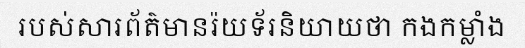
របស់សារព័ត៌មានរ៉យទ័រនិយាយថា កងកម្លាំង